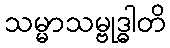
သမ္မာသမ္ဗုဒ္ဓါတိ